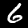
Digit: 6